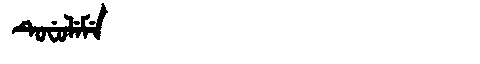
Manchu: ᡨᡠᠸᡠᠯᡝᠮᡝ
Romanization: TUFULEME